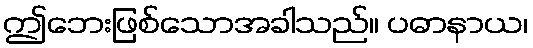
ဤဘေးဖြစ်သောအခါသည်။ ပဓာနာယ၊